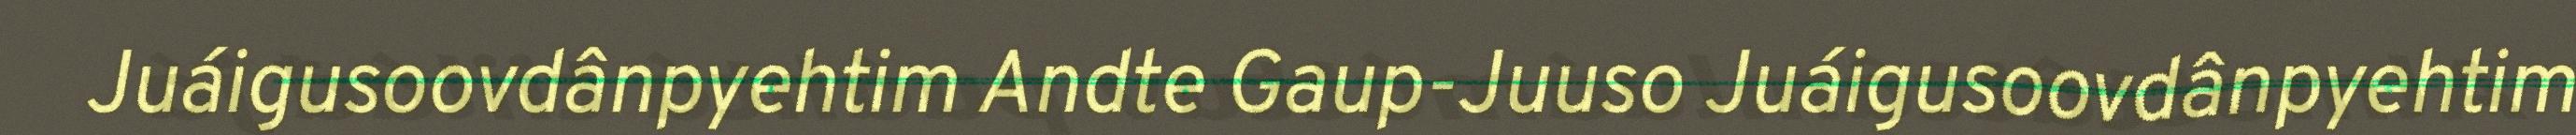
Juáigusoovdânpyehtim Andte Gaup-Juuso Juáigusoovdânpyehtim